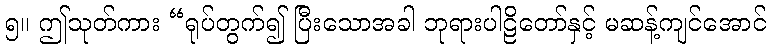
၅။ ဤသုတ်ကား “ရုပ်တွက်၍ ပြီးသောအခါ ဘုရားပါဠိတော်နှင့် မဆန့်ကျင်အောင်